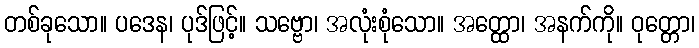
တစ်ခုသော။ ပဒေန၊ ပုဒ်ဖြင့်။ သဗ္ဗော၊ အလုံးစုံသော။ အတ္ထော၊ အနက်ကို။ ဝုတ္တော၊